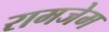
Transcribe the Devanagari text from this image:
रामजेम